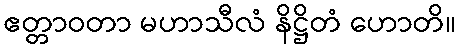
ဧတ္တာဝတာ မဟာသီလံ နိဋ္ဌိတံ ဟောတိ။